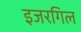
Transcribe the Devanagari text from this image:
इजरगिल